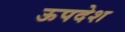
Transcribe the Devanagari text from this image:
ऊपदेश